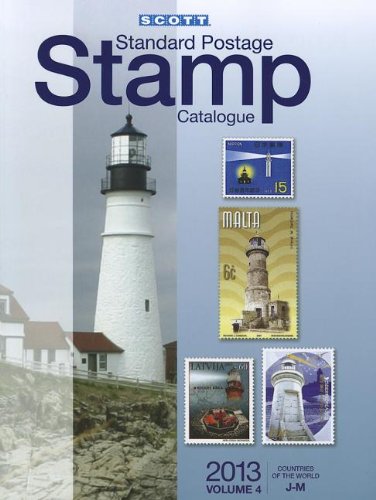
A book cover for Scott 2013 Standard Postage Stamp Catalogue, Vol. 4; Charles Snee; Crafts, Hobbies & Home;